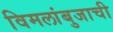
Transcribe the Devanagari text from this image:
विमलांबुजाची